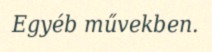
Egyéb művekben.